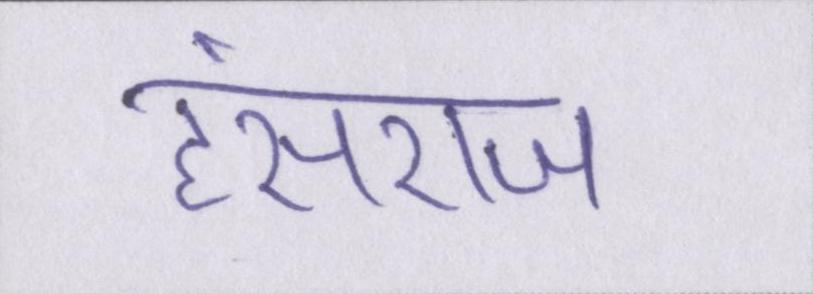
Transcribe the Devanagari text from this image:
हंसराज